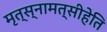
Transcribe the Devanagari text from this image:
मृत्स्नामत्सीहेति